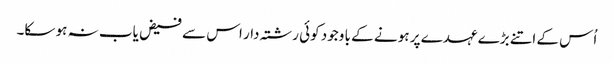
اُس کے اتنے بڑے عہدے پر ہو نے کے با وجود کوئی رشتہ دار اس سے فیض یاب نہ ہو سکا۔